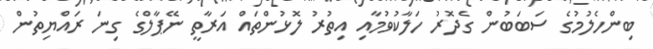
ބިންހެލުމުގެ ސަބަބުން ގެދޮރު ހަލާކުވުމާއި އިތުރު ލޮޅުންތައް އަރާތީ ނޭޕާލްގެ ގިނަ ރައްޔިތުން